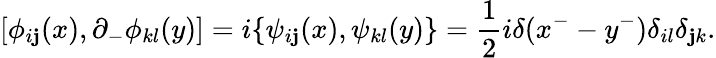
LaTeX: [\phi_{i\mathbf{j}}(x),\partial_{-}\phi_{kl}(y)]=i\{ \psi_{i\mathbf{j}}(x),\psi_{kl}(y)\} =\frac{{1}}{{2}}i\delta(x^{-}-y^{-})\delta_{il}\delta_{\mathbf{j}k}.